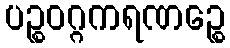
ပဉ္စဝဂ္ဂကရဏဉ္စေ